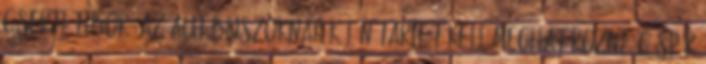
Cserti Tibor: Az autóbuszoknak külön tarifát kell meghatározni? Gáspár